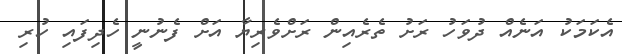
އެކަމަކު އަނެއް ދުވަހު ރަށު ތެރެއިން ރަށްވެރިޔާ އަށް ފެނުނީ ހެދިފައި ހުރި